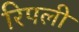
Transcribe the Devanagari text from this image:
रिपली